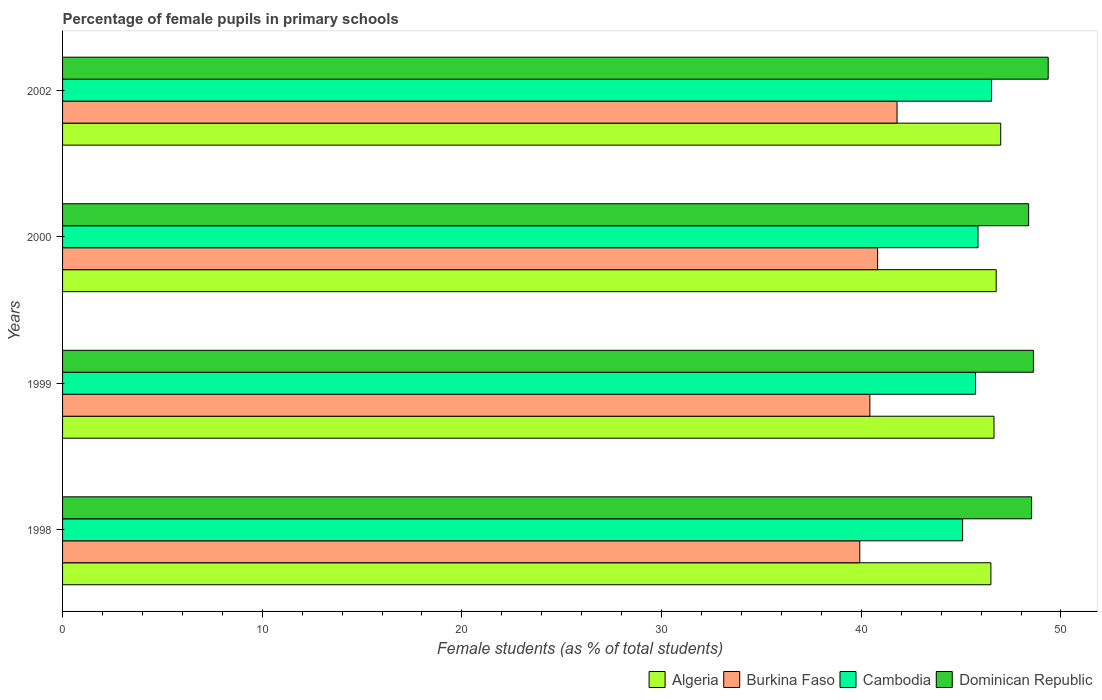
| Years | Algeria | Burkina Faso | Cambodia | Dominican Republic |
 | --- | --- | --- | --- | --- |
 | 1998 | 46.5 | 39.9 | 45.1 | 48.5 |
 | 1999 | 46.6 | 40.4 | 45.7 | 48.6 |
 | 2000 | 46.8 | 40.8 | 45.8 | 48.4 |
 | 2002 | 47 | 41.8 | 46.5 | 49.4 |